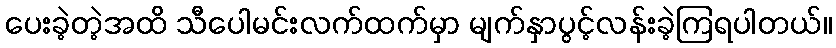
ပေးခဲ့တဲ့အထိ သီပေါမင်းလက်ထက်မှာ မျက်နှာပွင့်လန်းခဲ့ကြရပါတယ်။